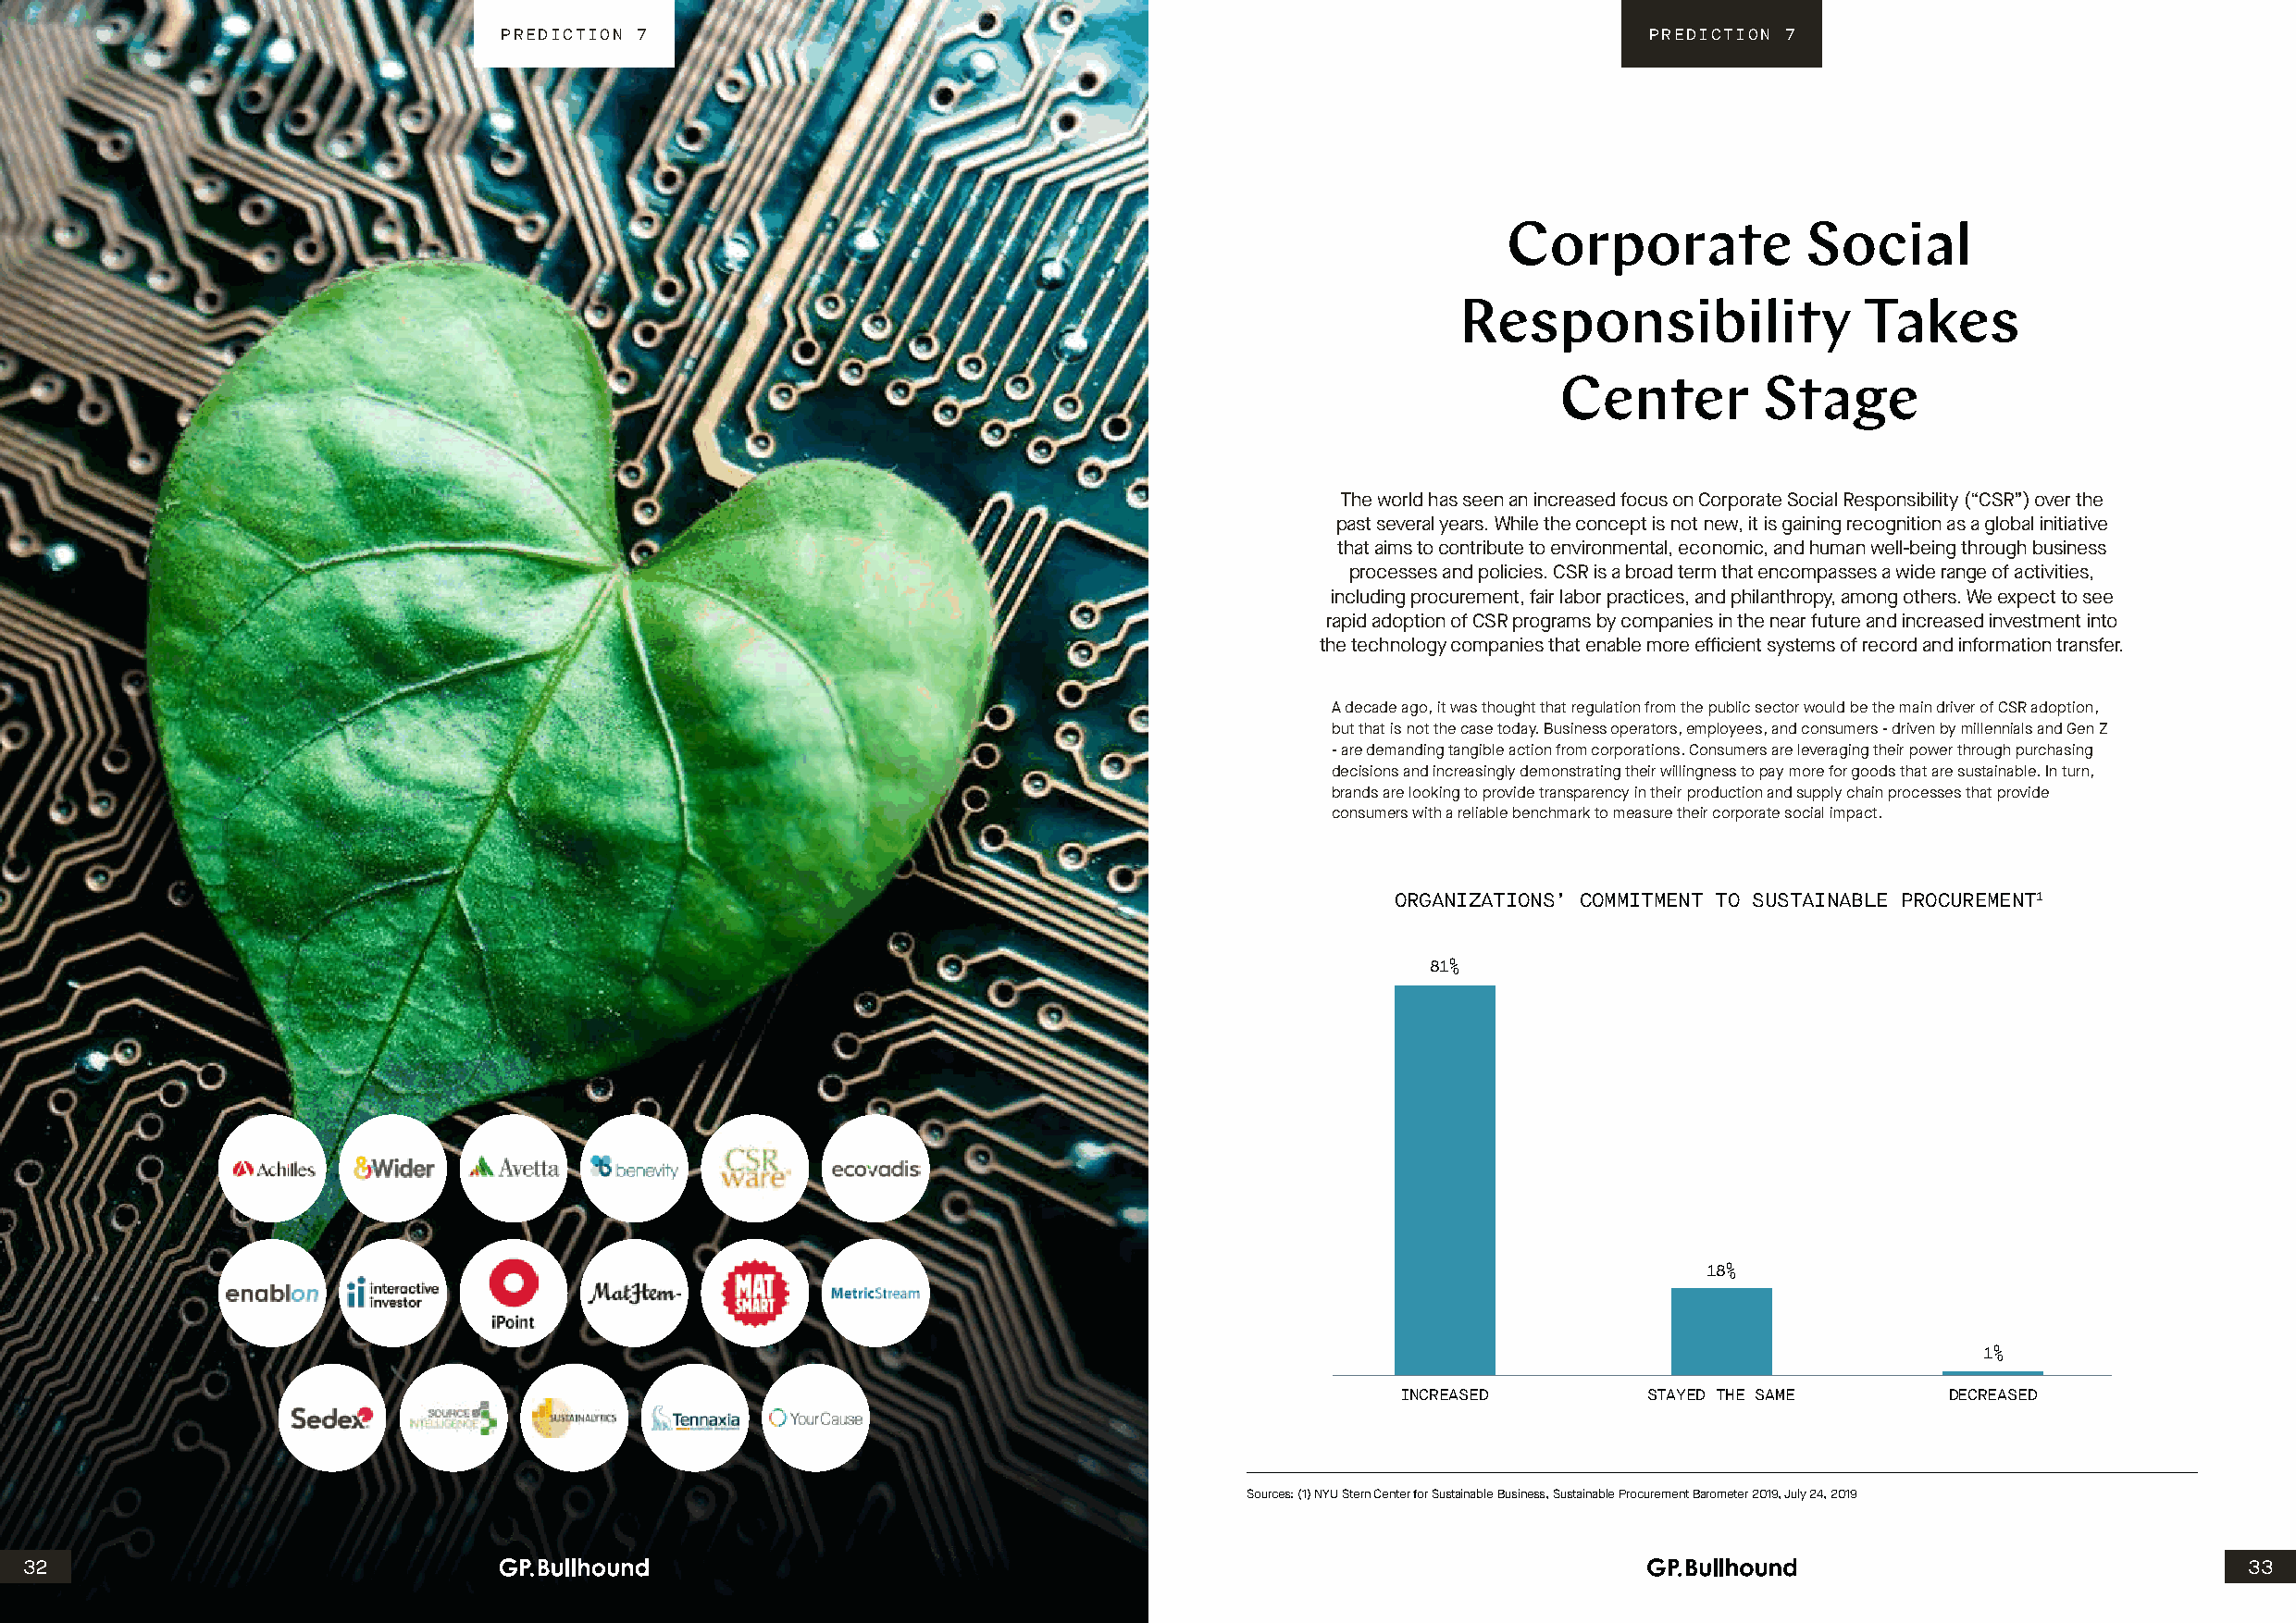
PREDICTION 7                                                                      PREDICTION 7
 Corporate            Social
 Responsibility               Takes
 Center        Stage
 The world has seen an increased focus on Corporate Social Responsibility (“CSR”) over the
 past several years. While the concept is not new, it is gaining recognition as a global initiative
 that aims to contribute to environmental, economic, and human well-being through business
 processes and policies. CSR is a broad term that encompasses a wide range of activities,
 including procurement, fair labor practices, and philanthropy, among others. We expect to see
 rapid adoption of CSR programs by companies in the near future and increased investment into
 the technology companies that enable more efficient systems of record and information transfer.
 A decade ago, it was thought that regulation from the public sector would be the main driver of CSR adoption,
 but that is not the case today. Business operators, employees, and consumers - driven by millennials and Gen Z
 - are demanding tangible action from corporations. Consumers are leveraging their power through purchasing
 decisions and increasingly demonstrating their willingness to pay more for goods that are sustainable. In turn,
 brands are looking to provide transparency in their production and supply chain processes that provide
 consumers with a reliable benchmark to measure their corporate social impact.
 ORGANIZATIONS’ COMMITMENT TO SUSTAINABLE PROCUREMENT1
 81%
 18%
 1%
 INCREASED         STAYED THE SAME      DECREASED
 Sources: (1) NYU Stern Center for Sustainable Business, Sustainable Procurement Barometer 2019, July 24, 2019
 32                                                                                                                                                             33